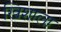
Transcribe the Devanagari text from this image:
खिशाला